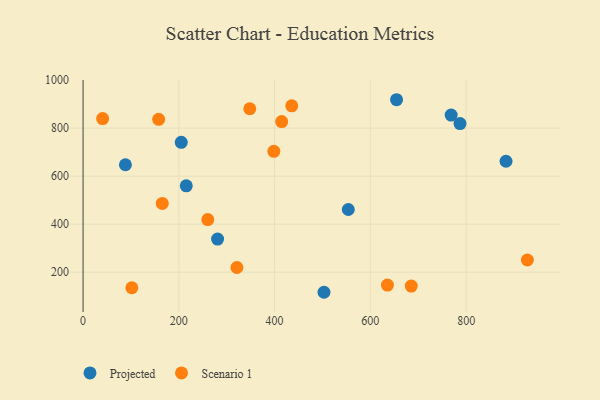
{"axis": {"x": "Investment", "y": "Fuel Efficiency"}, "legend": ["Projected", "Scenario 1"], "data": [{"x": "883.3", "y": 661.9, "type": "Projected"}, {"x": "768.7", "y": 854.4, "type": "Projected"}, {"x": "280.9", "y": 337.7, "type": "Projected"}, {"x": "787.2", "y": 819.0, "type": "Projected"}, {"x": "205.0", "y": 740.8, "type": "Projected"}, {"x": "503.1", "y": 116.1, "type": "Projected"}, {"x": "88.4", "y": 647.3, "type": "Projected"}, {"x": "215.5", "y": 559.5, "type": "Projected"}, {"x": "654.7", "y": 918.2, "type": "Projected"}, {"x": "553.9", "y": 460.9, "type": "Projected"}, {"x": "414.7", "y": 827.2, "type": "Scenario 1"}, {"x": "165.4", "y": 486.1, "type": "Scenario 1"}, {"x": "321.3", "y": 219.4, "type": "Scenario 1"}, {"x": "927.9", "y": 250.6, "type": "Scenario 1"}, {"x": "435.8", "y": 892.8, "type": "Scenario 1"}, {"x": "348.1", "y": 880.6, "type": "Scenario 1"}, {"x": "260.4", "y": 418.8, "type": "Scenario 1"}, {"x": "40.8", "y": 839.8, "type": "Scenario 1"}, {"x": "685.4", "y": 141.8, "type": "Scenario 1"}, {"x": "157.8", "y": 836.6, "type": "Scenario 1"}, {"x": "398.4", "y": 703.1, "type": "Scenario 1"}, {"x": "101.8", "y": 135.0, "type": "Scenario 1"}, {"x": "635.6", "y": 145.9, "type": "Scenario 1"}]}